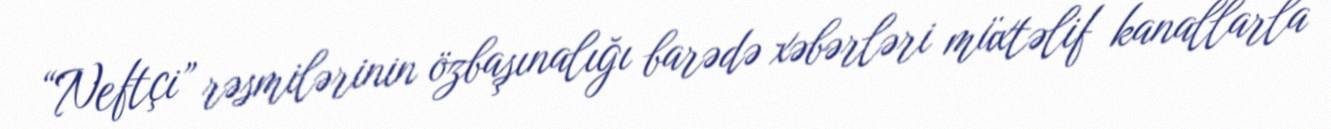
“Neftçi” rəsmilərinin özbaşınalığı barədə xəbərləri müxtəlif kanallarla